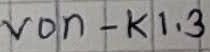
Text: von - K1.3